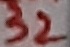
Text: 32